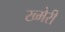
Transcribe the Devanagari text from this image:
ख्मेरी